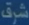
شرق